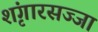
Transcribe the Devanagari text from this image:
शृंगारसज्जा